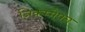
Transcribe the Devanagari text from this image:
निकम्मेपन